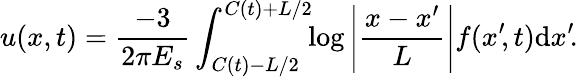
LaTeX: u(x,t)=\frac{-3}{2\pi E_{s}}\int_{C(t)-L/2}^{C(t)+L/2}\! \! \log\left|\frac{x-x^{\prime}}{L}\right|f(x^{\prime}\! ,t)\mathrm{d}x^{\prime}\! .